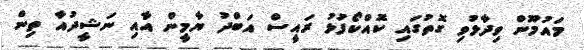
މައުމޫން ވިދާޅުވި ގޮތުގައި ކޮއްކޯފުޅު ރައީސް އަބްދު ޔާމީން އާއި ނަޝީދުއާ ތިން